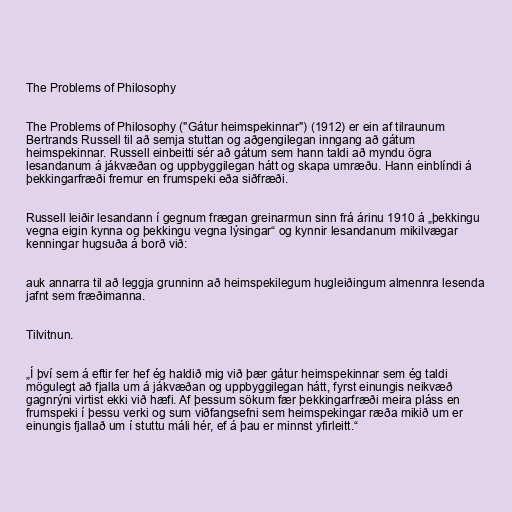
The Problems of Philosophy

The Problems of Philosophy ("Gátur heimspekinnar") (1912) er ein af tilraunum
Bertrands Russell til að semja stuttan og aðgengilegan inngang að gátum
heimspekinnar. Russell einbeitti sér að gátum sem hann taldi að myndu ögra
lesandanum á jákvæðan og uppbyggilegan hátt og skapa umræðu. Hann einblíndi á
þekkingarfræði fremur en frumspeki eða siðfræði.

Russell leiðir lesandann í gegnum frægan greinarmun sinn frá árinu 1910 á „þekkingu
vegna eigin kynna og þekkingu vegna lýsingar“ og kynnir lesandanum mikilvægar
kenningar hugsuða á borð við:

auk annarra til að leggja grunninn að heimspekilegum hugleiðingum almennra lesenda
jafnt sem fræðimanna.

Tilvitnun.

„Í því sem á eftir fer hef ég haldið mig við þær gátur heimspekinnar sem ég taldi
mögulegt að fjalla um á jákvæðan og uppbyggilegan hátt, fyrst einungis neikvæð
gagnrýni virtist ekki við hæfi. Af þessum sökum fær þekkingarfræði meira pláss en
frumspeki í þessu verki og sum viðfangsefni sem heimspekingar ræða mikið um er
einungis fjallað um í stuttu máli hér, ef á þau er minnst yfirleitt.“